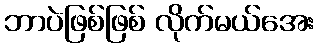
ဘာပဲဖြစ်ဖြစ် လိုက်မယ်အေး